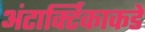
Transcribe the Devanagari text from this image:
अंटार्क्टिकाकडे